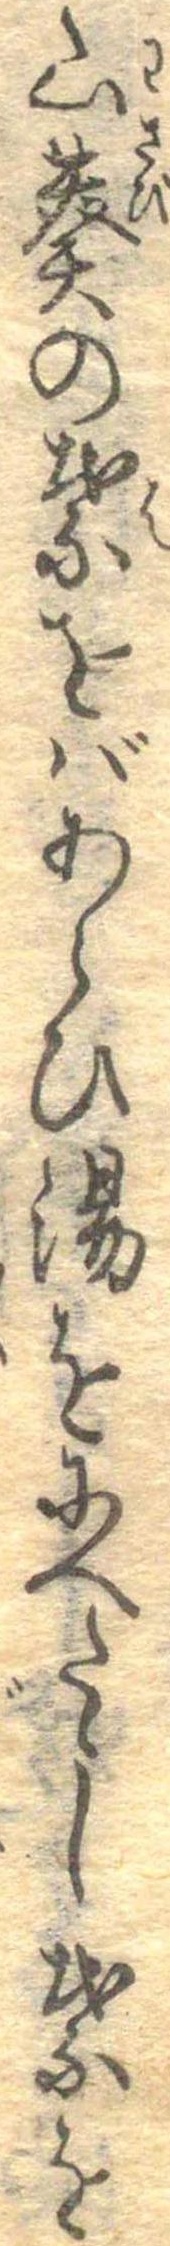
山葵の葉をばあらひ湯をにへたゝし葉を